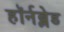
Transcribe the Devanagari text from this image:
हॉर्नब्लेड